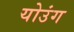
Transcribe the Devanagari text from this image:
योउंग